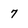
Character: 7